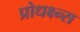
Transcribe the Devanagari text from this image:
प्रोधक्ष्न्स